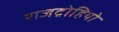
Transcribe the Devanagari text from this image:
राजद्रोहियो